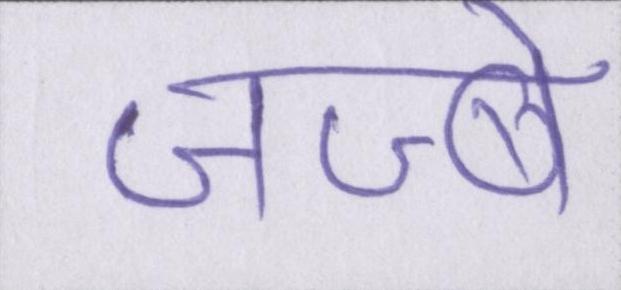
जज्बे